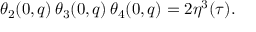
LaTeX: \theta _ { 2 } ( 0 , q ) \, \theta _ { 3 } ( 0 , q ) \, \theta _ { 4 } ( 0 , q ) = 2 \eta ^ { 3 } ( \tau ) .